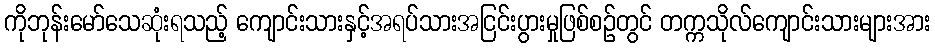
ကိုဘုန်းမော်သေဆုံးရသည့် ကျောင်းသားနှင့်အရပ်သားအငြင်းပွားမှုဖြစ်စဉ်တွင် တက္ကသိုလ်ကျောင်းသားများအား